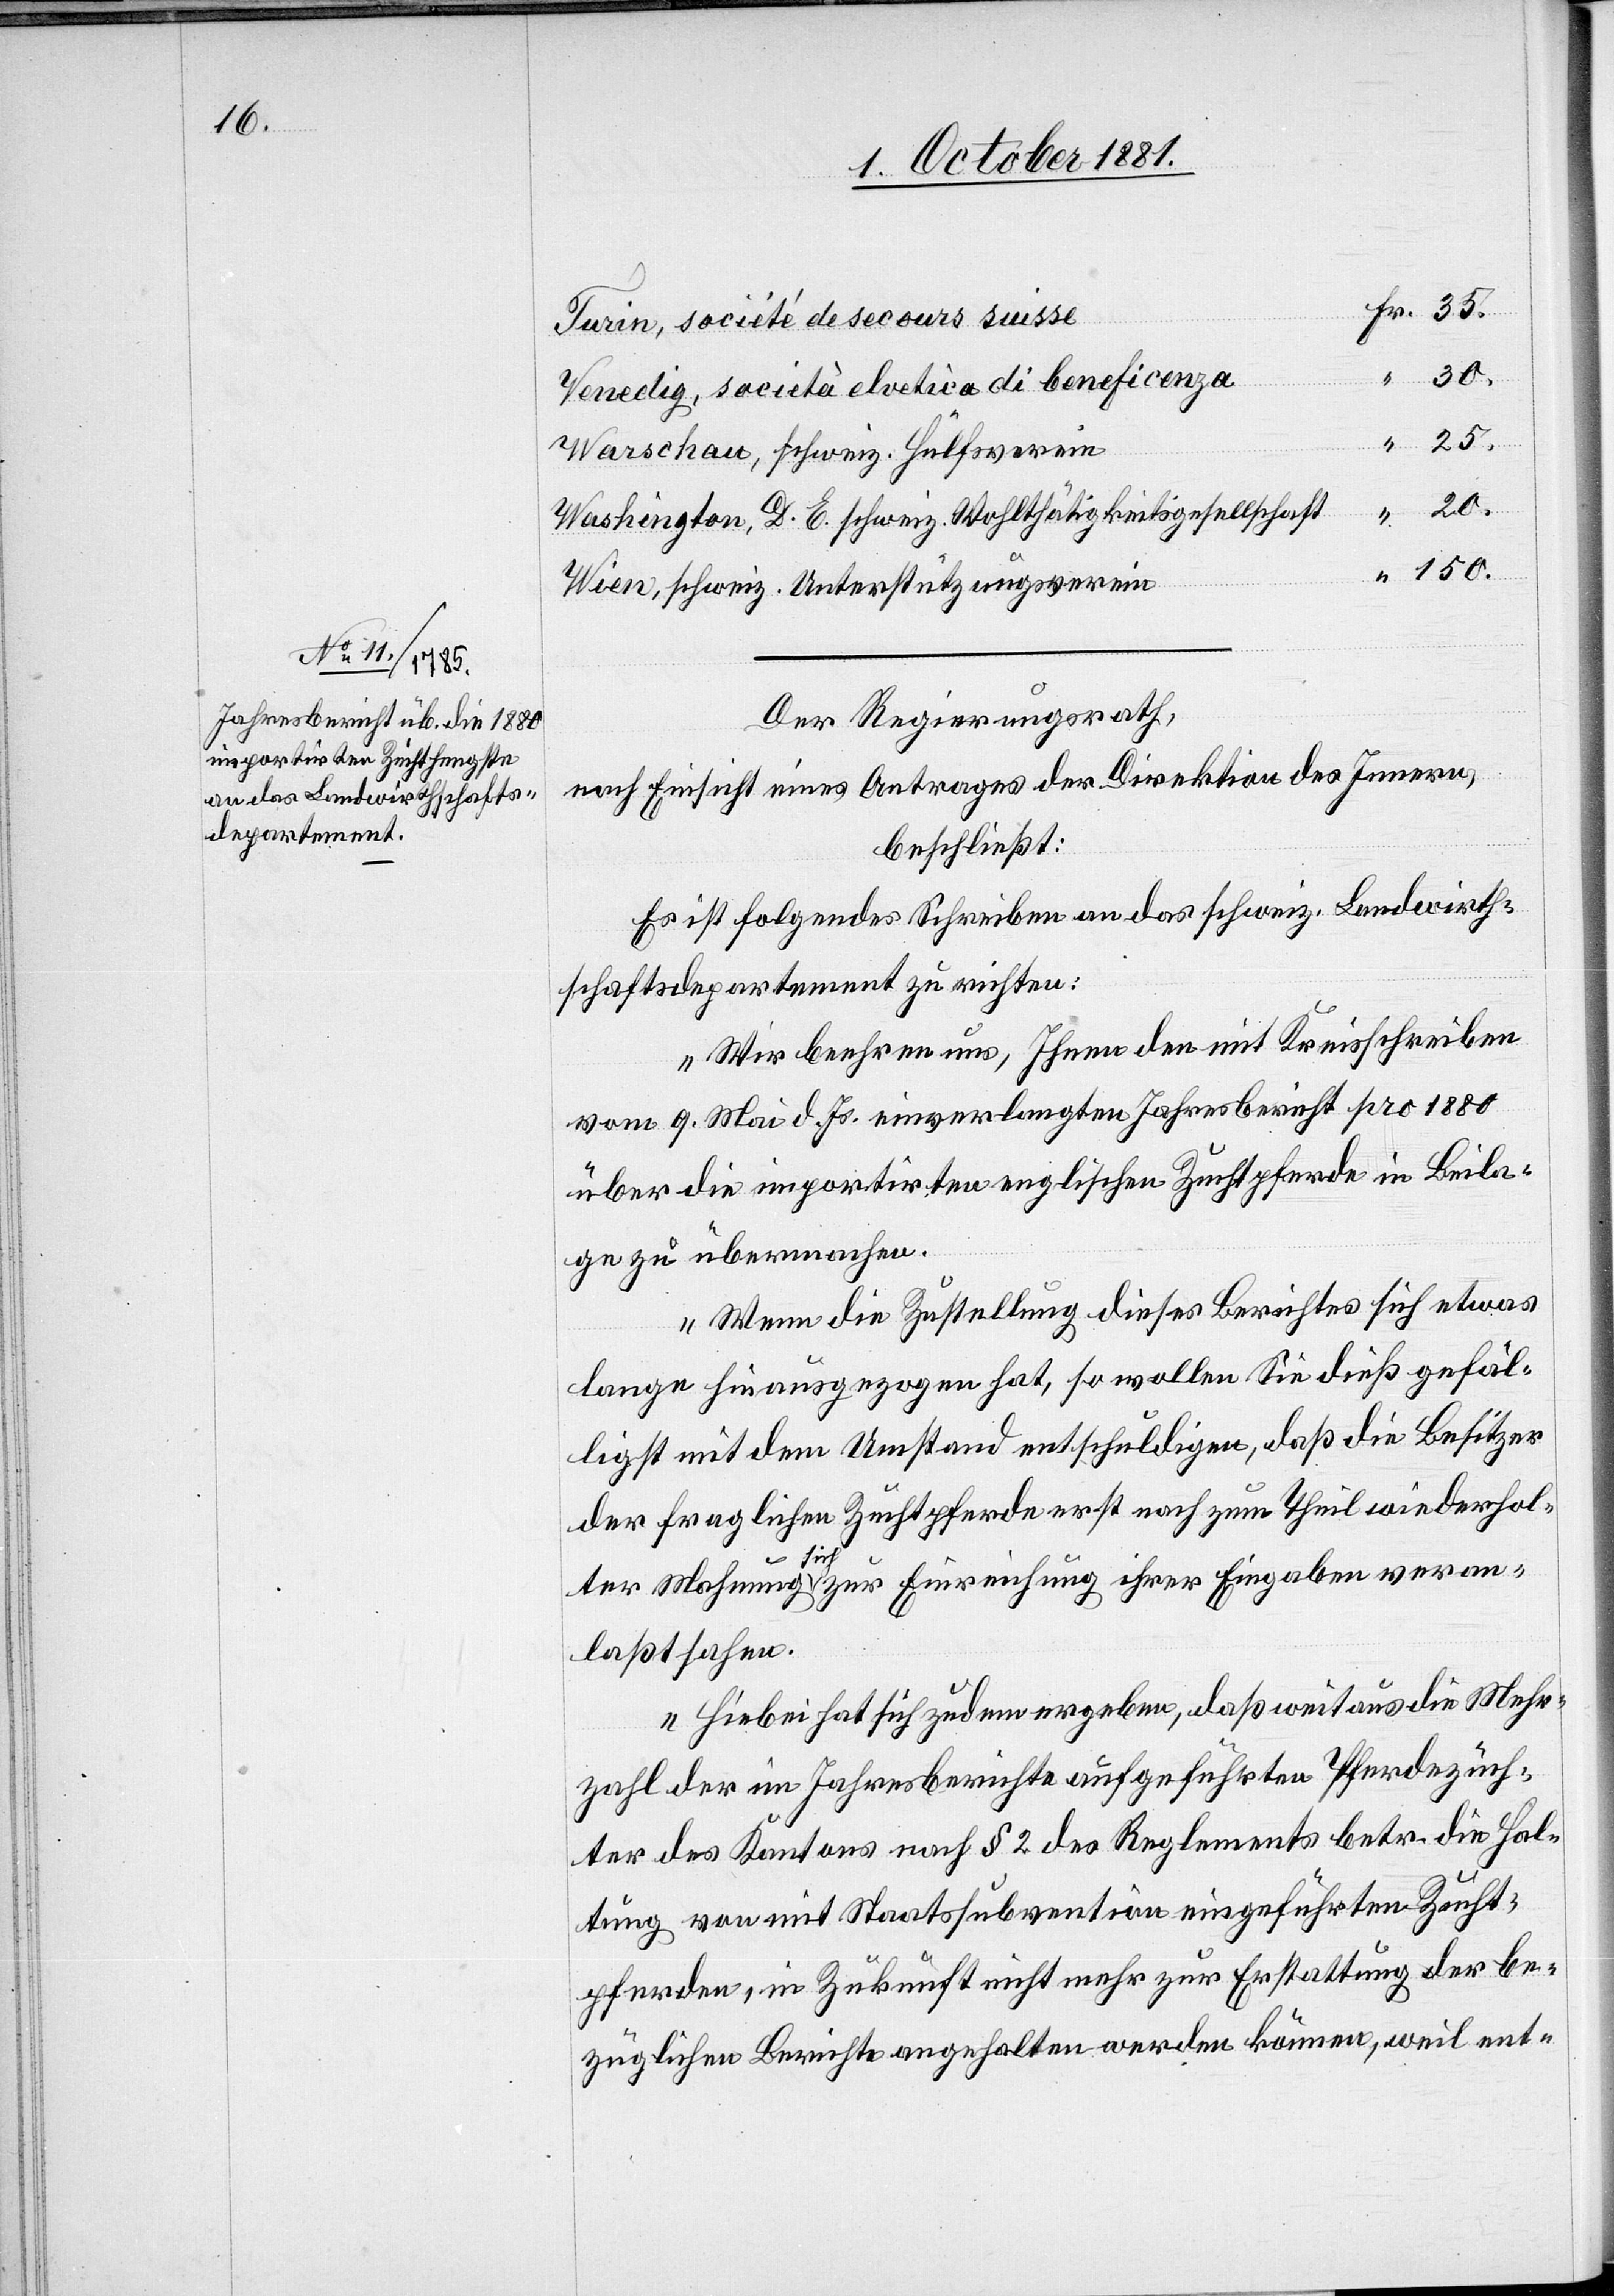
150.

società elvetica di beneficenza
25.
20.
schweiz. Unterstützungsverein
Der Regierungsrath,
nach Einsicht eines Antrages der Direktion des Innern,
beschließt:
Es ist folgendes Schreiben an das schweiz. Landwirth¬
schaftsdepartement zu richten:
„Wir beehren uns, Ihnen den mit Kreisschreiben
vom 9. Mai d. Js. einverlangten Jahresbericht pro 1880
über die importirten englischen Zuchtpferde in Beila¬
ge zu übermachen.
Wenn die Zustellung dieses Berichtes sich etwas
lange hinausgezogen hat, so wollen Sie dieß gefäl¬
ligst mit dem Umstand entschuldigen, daß die Besitzer
der fraglichen Zuchtpferde erst nach zum Theil wiederhol¬
Wien,
ter Mahnung sich zur Einreichung ihrer Eingaben veran¬
laßt sahen.
Hiebei hat sich zudem ergeben, daß weit aus die Mehr¬
zahl der im Jahresberichte aufgeführten Pferdezüch¬
ter des Kantons nach § 2 des Reglements betr. die Hal¬
tung von mit Staatssubvention eingeführten Zucht¬
pferden, in Zukunft nicht mehr zur Erstattung der be¬
züglichen Berichte angehalten werden können, weil ent-